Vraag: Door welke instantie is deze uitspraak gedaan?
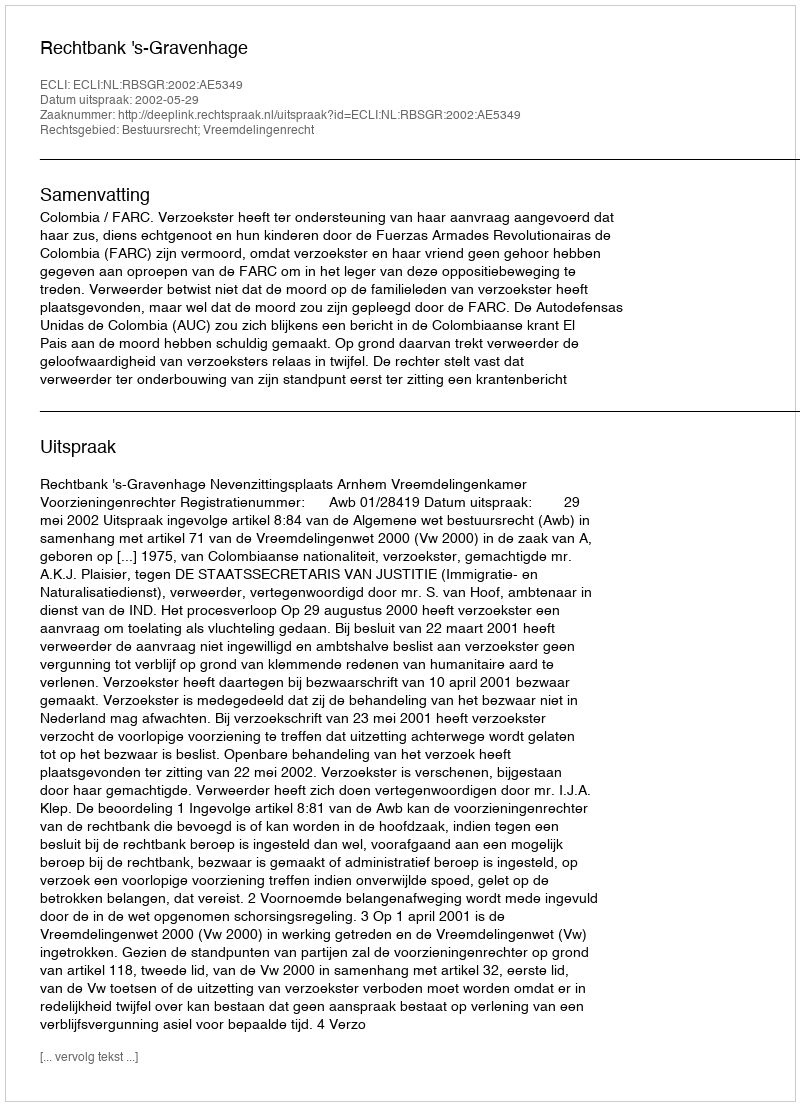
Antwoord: Rechtbank 's-Gravenhage